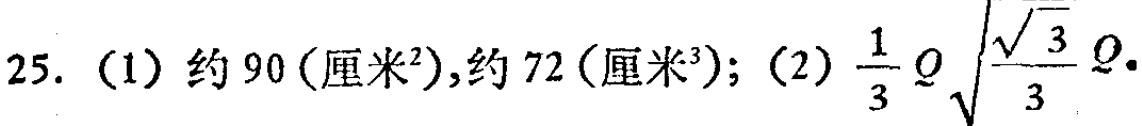
25. (1) 约 90 ($\text{厘米}^2$), 约 72 ($\text{厘米}^3$); (2) $\frac{1}{3}Q\sqrt{\frac{\sqrt{3}}{3}}Q$